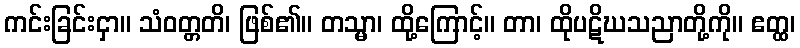
ကင်းခြင်းငှာ။ သံဝတ္တတိ၊ ဖြစ်၏။ တသ္မာ၊ ထို့ကြောင့်။ တာ၊ ထိုပဋိဃသညာတို့ကို။ ဧတ္ထ၊